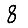
Digit: 8